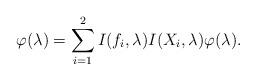
LaTeX: \begin{align*} \varphi(\lambda)=\sum_{i=1}^2I(f_i,\lambda)I(X_i,\lambda)\varphi(\lambda).\end{align*}